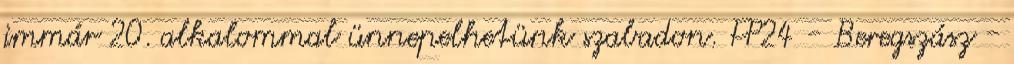
immár 20. alkalommal ünnepelhetünk szabadon. FP24 - Beregszász -